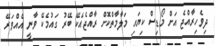
ދިވެހިރާއްޖެ އަށް މޯޑިސް ކިޔައި މަލާމާތްކޮށް ރާއްޖެއެކޭ ބޭރު ގައުމެކޭ ވާނީ އެއްވަރޭ